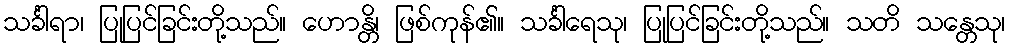
သင်္ခါရာ၊ ပြုပြင်ခြင်းတို့သည်။ ဟောန္တိ၊ ဖြစ်ကုန်၏။ သင်္ခါရေသု၊ ပြုပြင်ခြင်းတို့သည်။ သတိ သန္တေသု၊